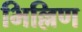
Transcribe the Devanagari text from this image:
भिल्लिण